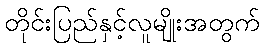
တိုင်းပြည်နှင့်လူမျိုးအတွက်